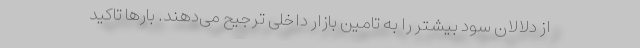
از دلالان سود بیشتر را به تامین بازار داخلی ترجیح می‌دهند. بارها تاکید